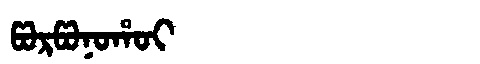
Manchu: ᡦᠣᡵᡦᠣᠨᠣᡥᠣᡳ
Romanization: PORPONOHOI